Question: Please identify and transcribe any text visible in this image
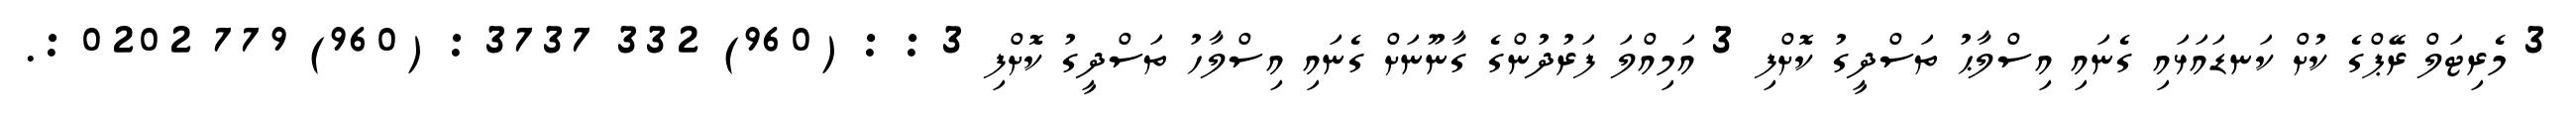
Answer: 3 މެރިޓަލް ރޭޕްގެ ކުށް ކަނޑައަޅައި ގެނައި އިސްލާޙު ތަސްދީގު ކޮށްފި 3 އަމިއްލަ ފަރުދުންގެ ގާނޫނަށް ގެނައި އިސްލާހު ތަސްދީގު ކޮށްފި 3 : : (960) 332 3737 : (960) 779 0202 :.